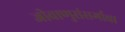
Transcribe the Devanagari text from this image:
जीवाणुसंसर्गाचा